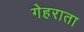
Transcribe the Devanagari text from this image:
गेहराता